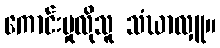
ကောင်းမှုလိုသူ သံဃာလှူ။